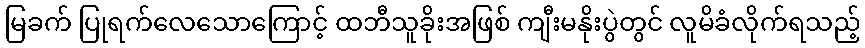
မြခက် ပြုရက်လေသောကြောင့် ထဘီသူခိုးအဖြစ် ကျီးမနိုးပွဲတွင် လူမိခံလိုက်ရသည့်